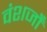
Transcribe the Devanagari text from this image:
वंशजोँ